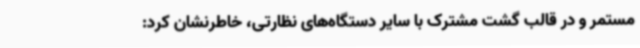
مستمر و در قالب گشت مشترک با سایر دستگاه‌های نظارتی، خاطرنشان کرد: